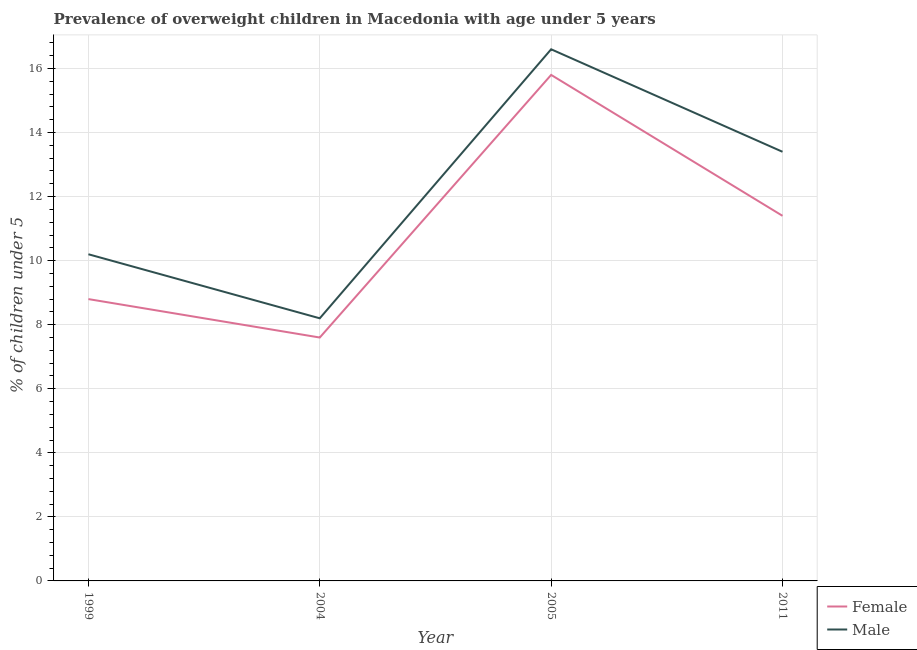
| Year | Female | Male |
 | --- | --- | --- |
 | 1999 | 8.8 | 10.2 |
 | 2004 | 7.6 | 8.2 |
 | 2005 | 15.8 | 16.6 |
 | 2011 | 11.4 | 13.4 |